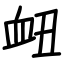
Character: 衄